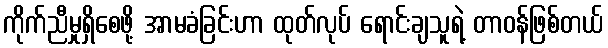
ကိုက်ညီမှုရှိစေဖို့ အာမခံခြင်းဟာ ထုတ်လုပ် ရောင်းချသူရဲ့ တာဝန်ဖြစ်တယ်